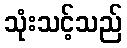
သုံးသင့်သည်